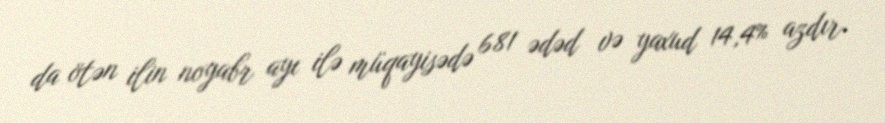
da ötən ilin noyabr ayı ilə müqayisədə 681 ədəd və yaxud 14,4% azdır.